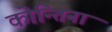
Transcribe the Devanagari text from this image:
कोन्तिना